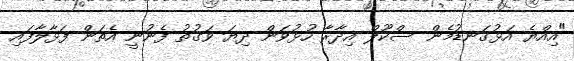
"އިއްޔެ އަޅުގަނޑުމެން ސްކޫލް އިދާރާ ހުޅުވަން ދިޔަ ވަގުތު ފެނުނީ އެތަން ފަޅާލާފައި